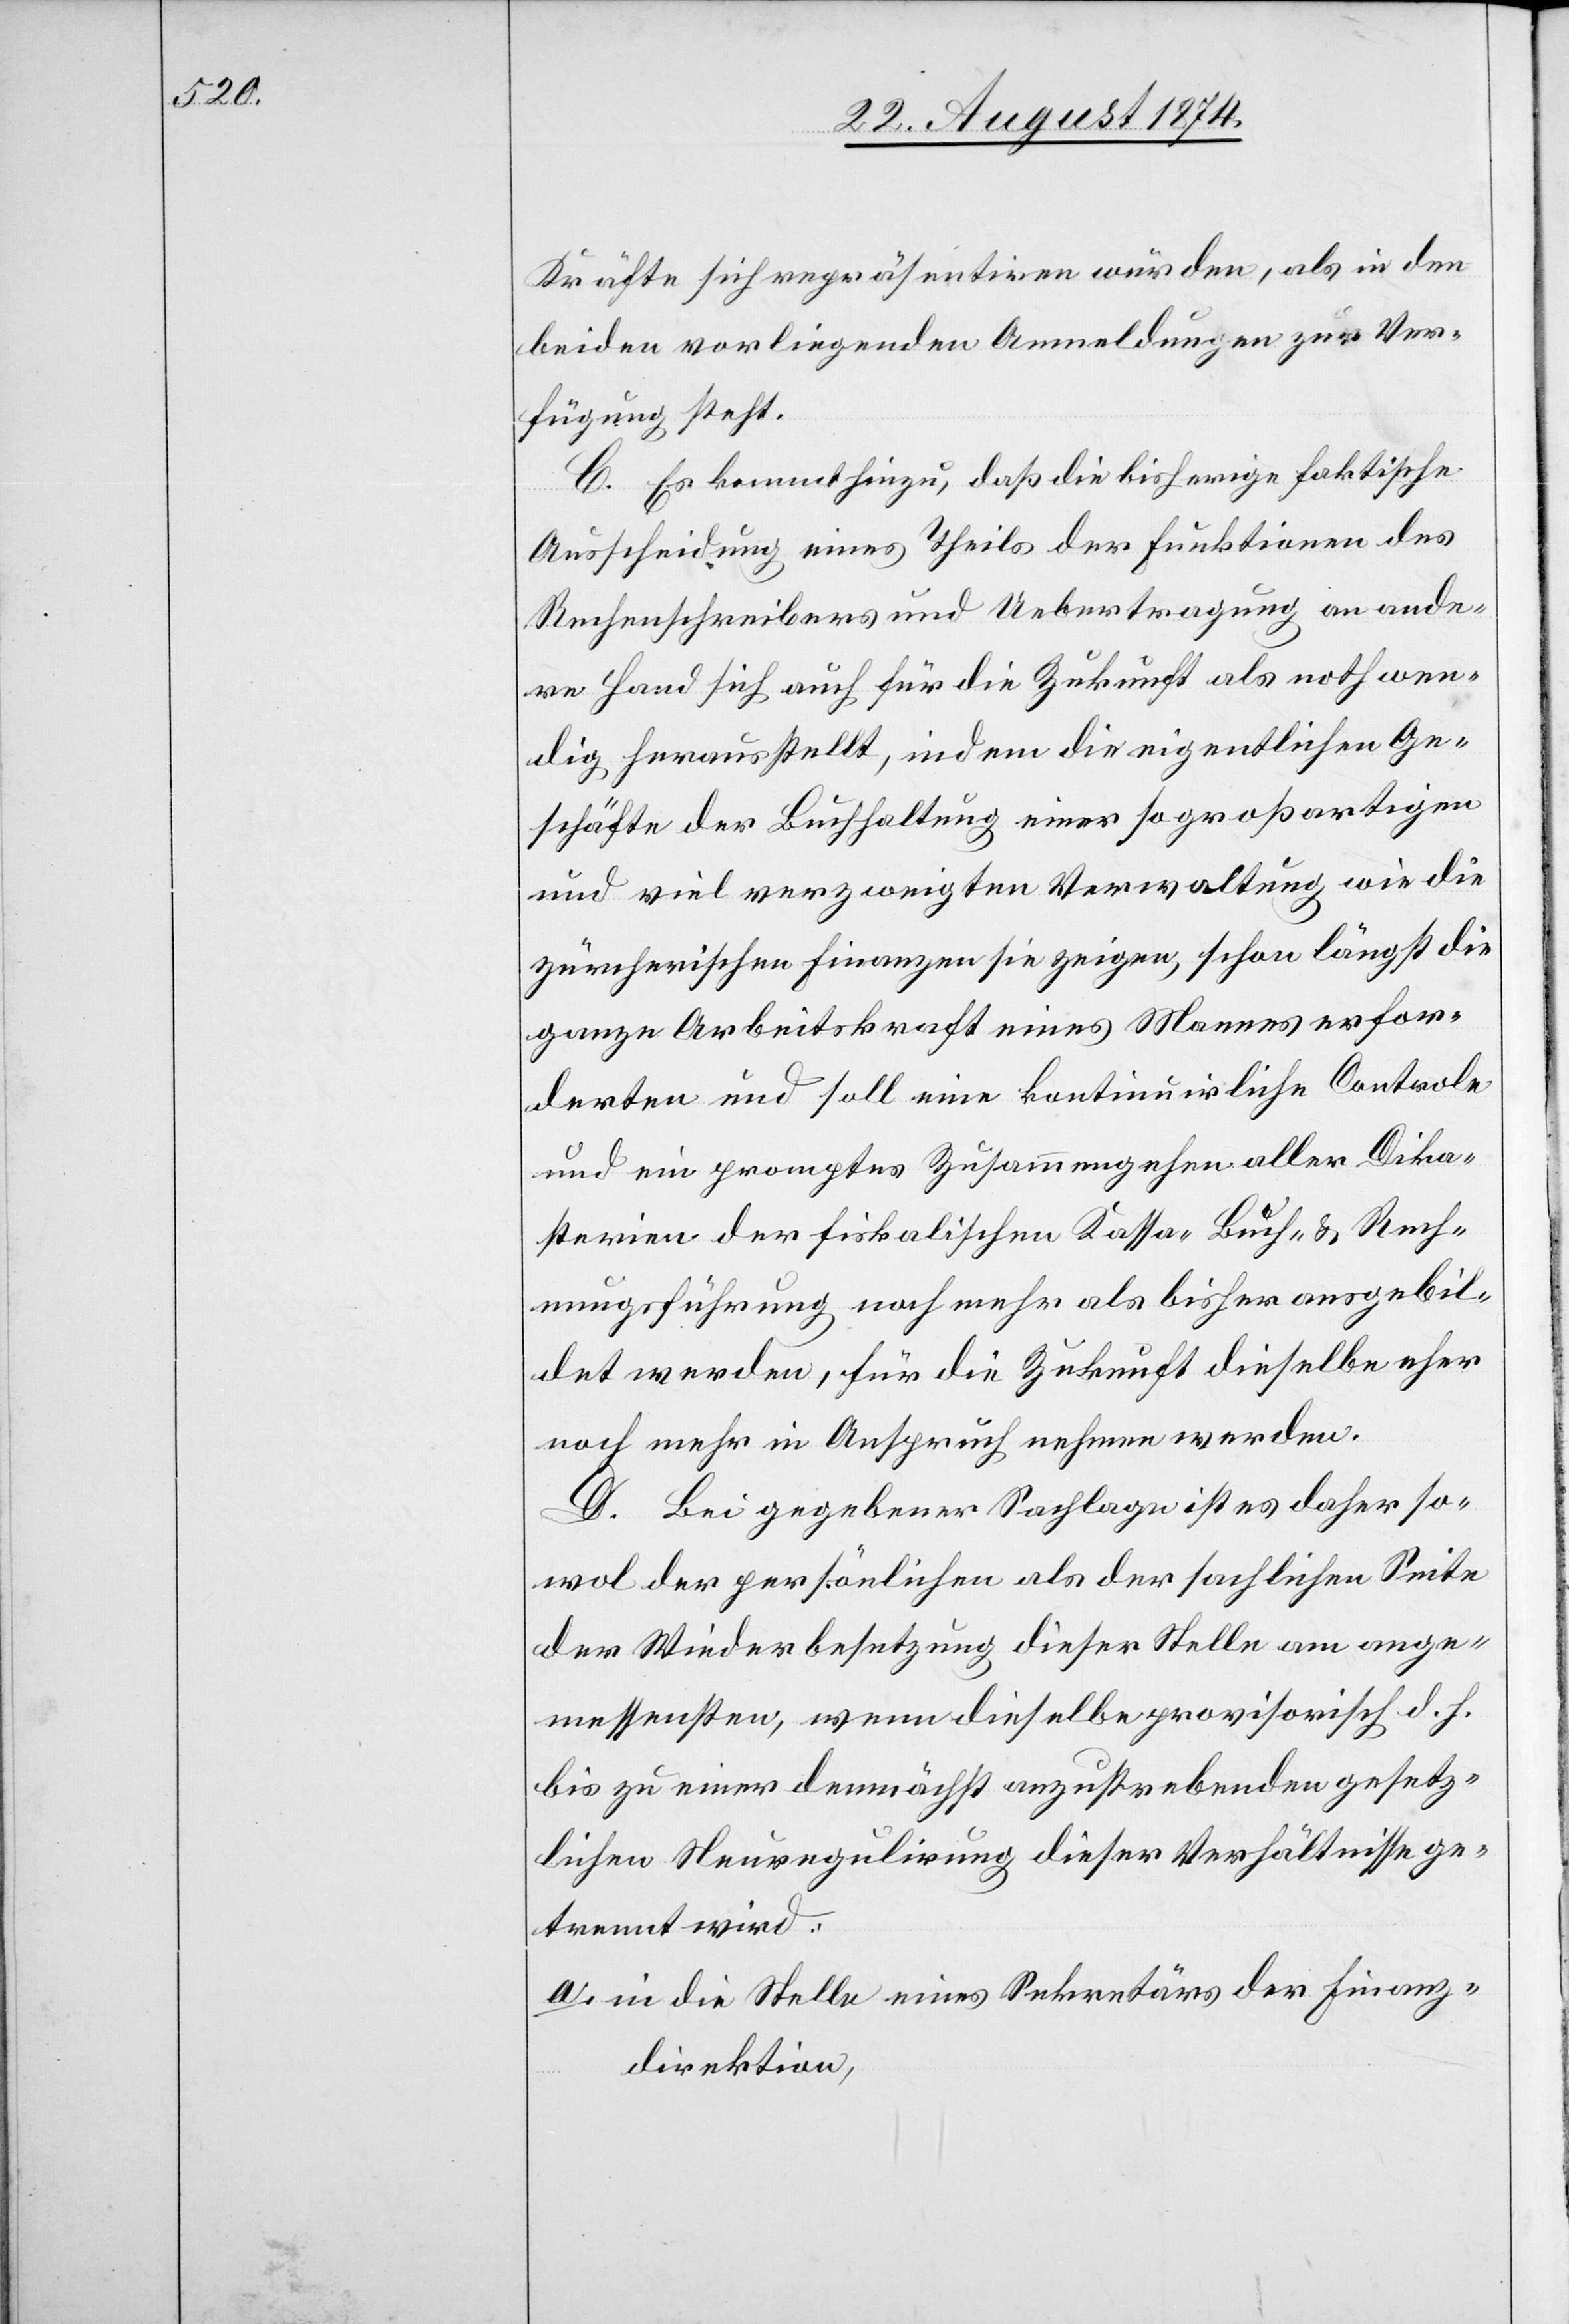
Kräfte sich repräsentiren würden, als in den
beiden vorliegenden Anmeldungen zur Ver¬
fügung steht.
C. Es kommt hinzu, daß die bisherige faktische
Ausscheidung eines Theils der Funktionen des
Rechenschreibers und Uebertragung an ande¬
re Hand sich auch für die Zukunft als nothwen¬
dig herausstellt, indem die eigentlichen Ge¬
schäfte der Buchhaltung einer so großartigen
und viel verzweigten Verwaltung wie die
zürcherischen Finanzen sie zeigen, schon längst die
ganze Arbeitskraft eines Mannes erfor¬
derten und soll eine kontinuirliche Controle
und ein promptes Zusammengehen aller Dika¬
sterien der fiskalischen Kassa- [,] Buch- u. Rech¬
nungsführung noch mehr als bisher ausgebil¬
det werden, für die Zukunft dieselbe eher
noch mehr in Anspruch nehmen werden.
D. Bei gegebener Sachlage ist es daher so¬
wol der persönlichen als der sachlichen Seite
der Wiederbesetzung dieser Stelle am ange¬
messensten, wenn dieselbe provisorisch d. h.
bis zu einer demnächst anzustrebenden gesetz¬
lichen Neuregulirung dieser Verhältnisse ge¬
trennt wird.
a. in die Stelle eines Sekretärs der Finanz¬
direktion,